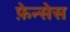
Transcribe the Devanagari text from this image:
फ़ेन्सेस